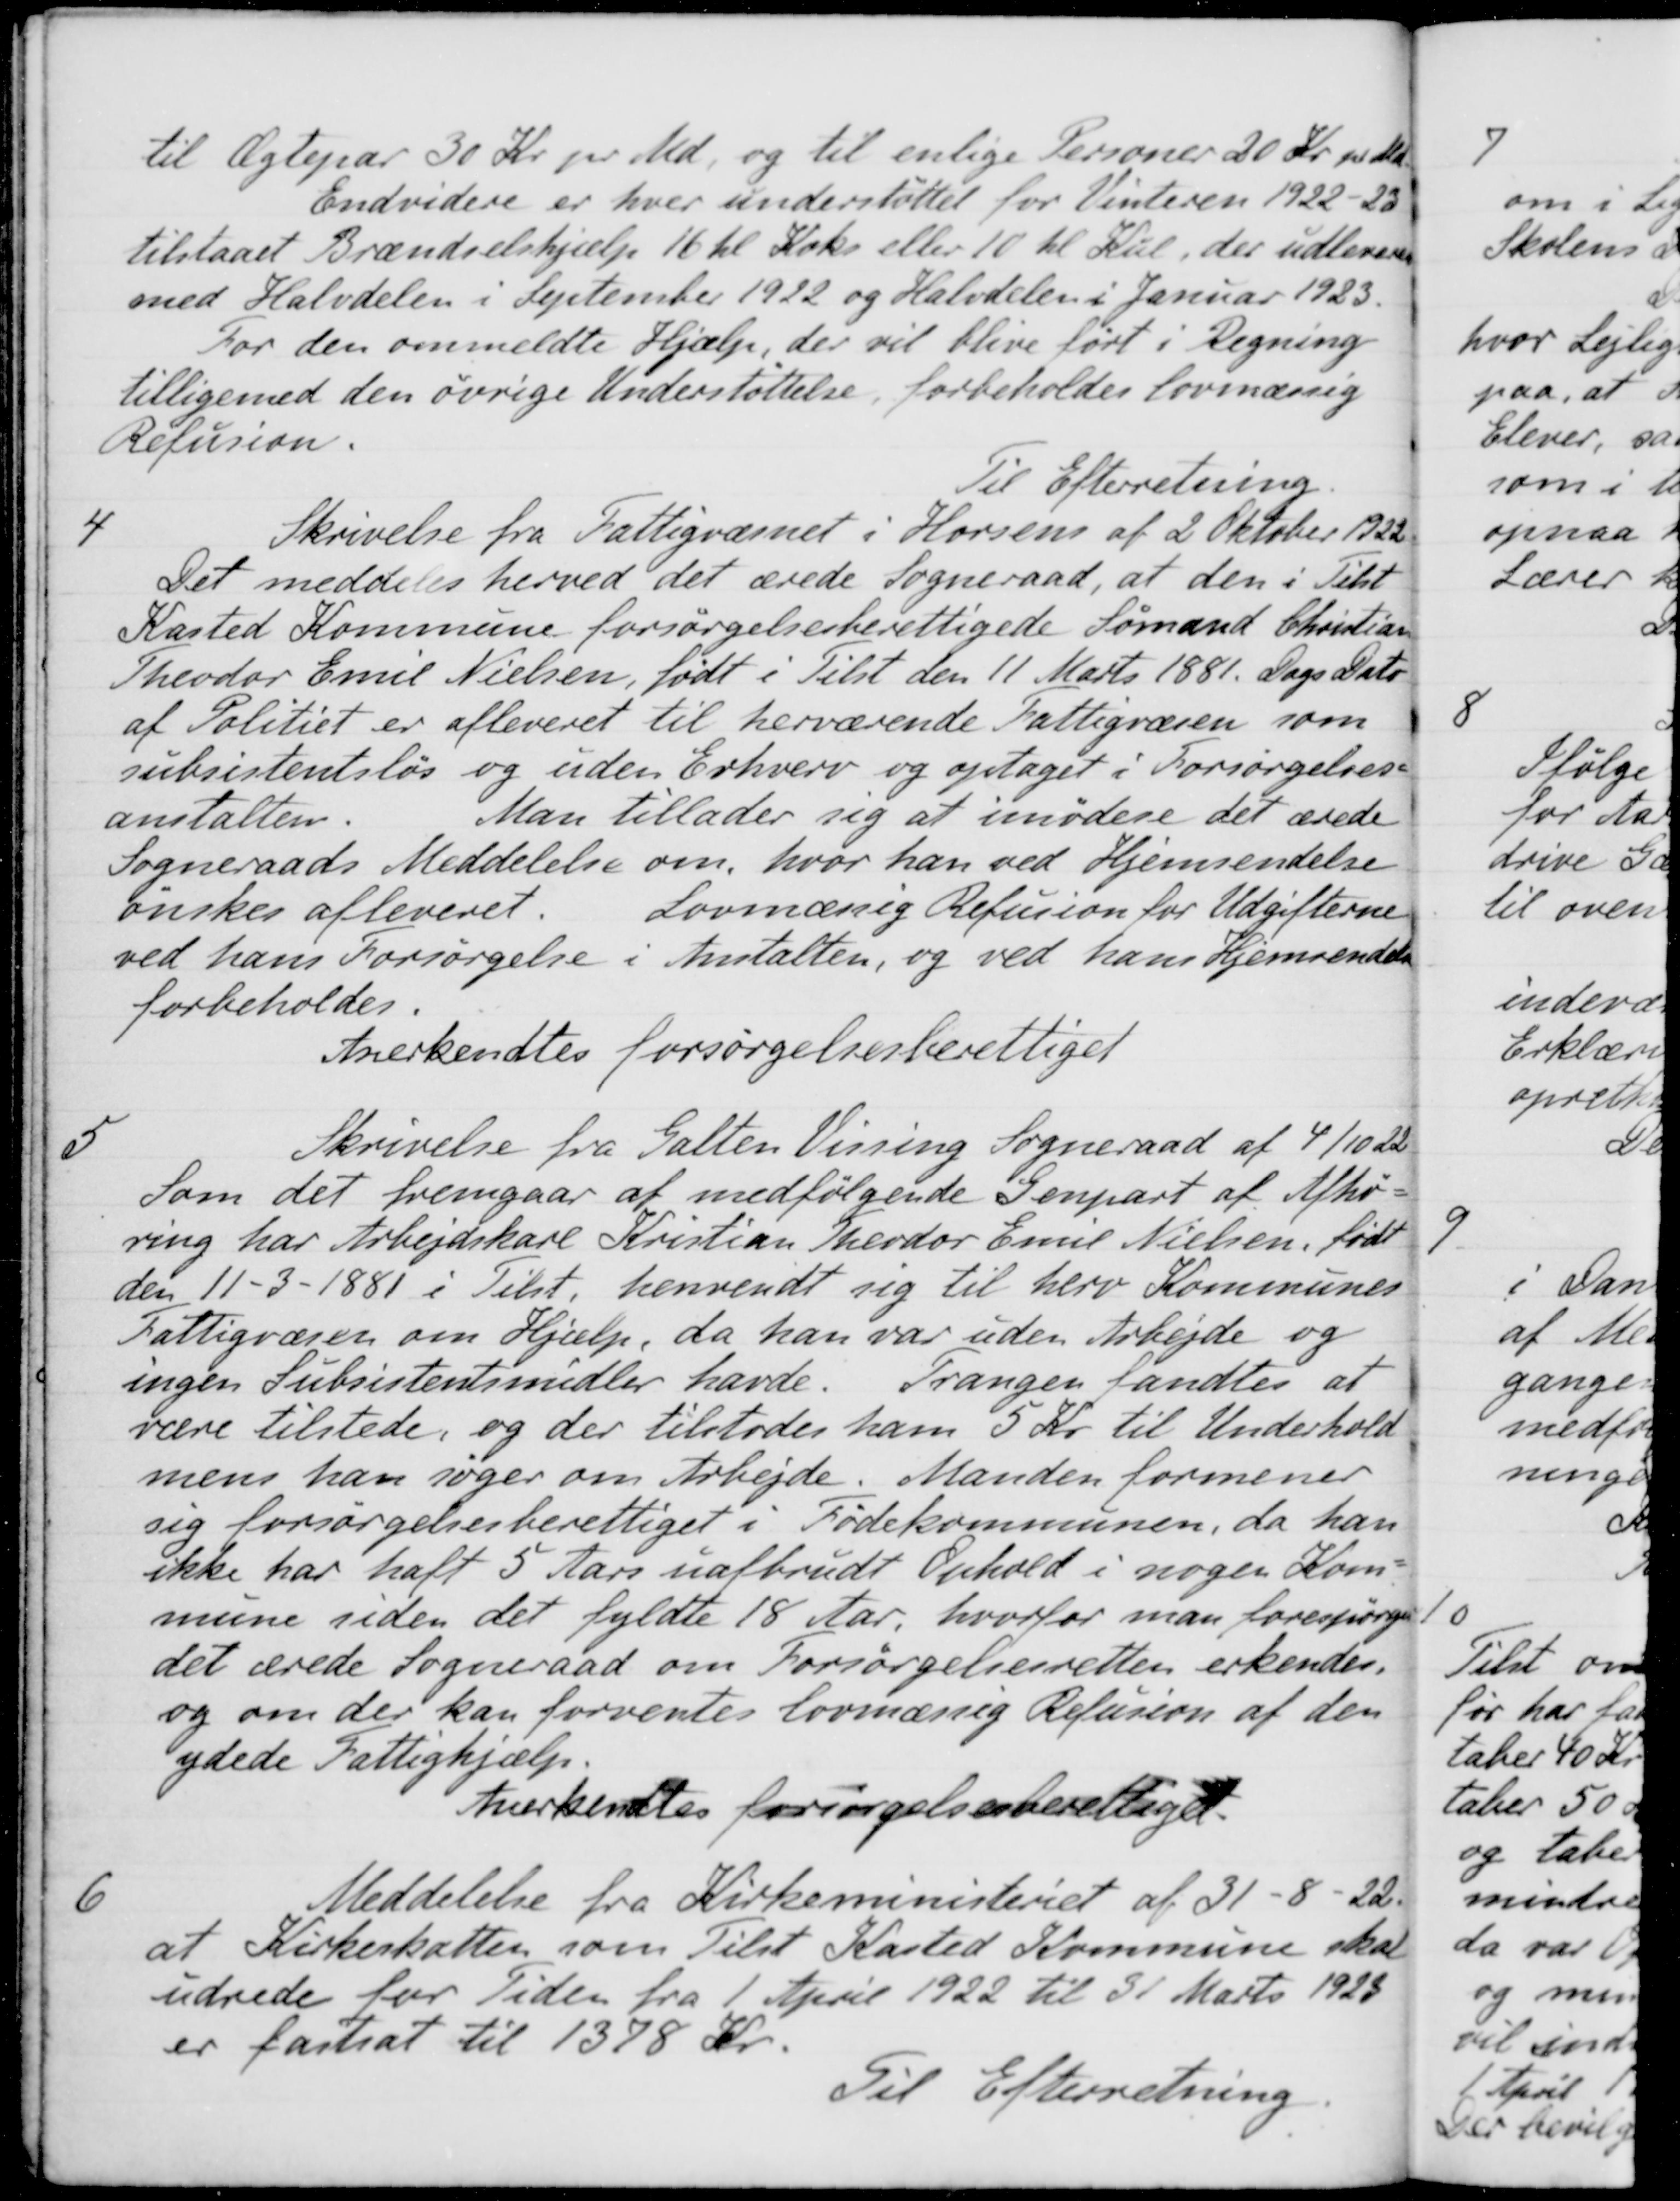
Transskription:
til Ægtepar 30 Kr. pr. Md. og til enlige Personer 20 Kr. pr. de
Endvidere er hver understøttel for Vinteren 1922-23
tilstaaet Brændselshjælp 16 hl Koks eller 10 hl Kul, der udleveres
med Halvdelen i September 1922 og Halvdelen i Januar 1923.
For den ommeldte Hjælp, der vil blive ført i Regning
tilligemed den øvrige Understøttelse, forbeholdes lovmæssig
Refusion.
Til Efterretning.
4
Skrivelse fra Fattigvæsnet i Horsens af 2 Oktober 1922
Det meddeles herved det ærede Sogneraad, at den i Tilst
Kasted Kommune forsørgelsesberettigede Sømand Christian
Theodor Emil Nielsen, født i Tilst den 11 Marts 1881. Dags Dato
af Politiet er afleveret til herværende Fattigvæsen som
subsistentsløs og uden Erhverv og optaget i Forsørgelses-
anstalten. Man tillader sig at imødese det ærede
Sogneraads Meddelelse om, hvor han ved Hjemsendelse
ønskes afleveret Lovmæssig Refusion for Udgifterne
ved hans Forsørgelse i Anstalten, og ved hans Hjemsendelse
forbeholdes.
Anerkendtes forsørgelsesberettiget
5
Skrivelse fra Galten Vissing Sogneraad af 4/10 22
Som det fremgaar at medfølgende Genpart af Afhø-
ring har Arbejdskarl Kristian Theodor Emil Nielsen, født
den 11 - 3 -1881 i Tilst, henvendt sig til herv Kommunes
Fattigvæsen om Hjælp, da han var uden Arbejde og
ingen Subsistentsmidler havde. Trangen fandtes at
være tilstede, og der tilstodes ham 5 Kr. til Underhold
mens han søger om Arbejde. Manden formener
sig forsørgelsesberettiget i Fødekommunen, da han
ikke har haft 5 Aars uafbrudt Ophold i nogen Kom-
mune siden det fyldte 18 Aar, hvorfor man forespørger
det ærede Sogneraad om Forsørgelsesretten erkendes.
og om der kan forventes lovmæssig Refusion af den
ydede Fattighjælp.
Anerkendtes forsørgelsesberettiget
6
Meddelelse fra Kirkeministeriet af 31-8-22
at Kirkeskatten som Tilst Kasted Kommune skal
udrede for Tiden fra 1 April 1922 til 31 Marts 1925
er fastsat til 1378 Kr.
Til Efterretning